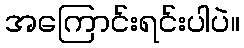
အကြောင်းရင်းပါပဲ။